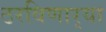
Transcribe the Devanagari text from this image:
ठरविणार्‍या